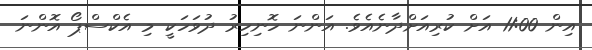
އިން 11:00 އަށް ކުރިއަށްދާނެއެވެ. އަންނަ ހޮނިހިރު ދުވަހަކީ މި އެކްސްޕޯ އޮންނަ